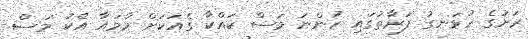
ރަށުގެ ހުޅަނގު ފަރާތުގައި ހުންނަ މަސް ކައްކާ ގެއަކަށް މާމައާ އެކު މަސް